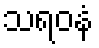
သရဝနံ